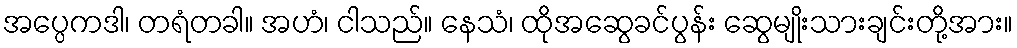
အပ္ပေကဒါ၊ တရံတခါ။ အဟံ၊ ငါသည်။ နေသံ၊ ထိုအဆွေခင်ပွန်း ဆွေမျိုးသားချင်းတို့အား။